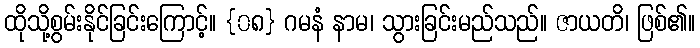
ထိုသို့စွမ်းနိုင်ခြင်းကြောင့်။ {၀၈} ဂမနံ နာမ၊ သွားခြင်းမည်သည်။ ဇာယတိ၊ ဖြစ်၏။